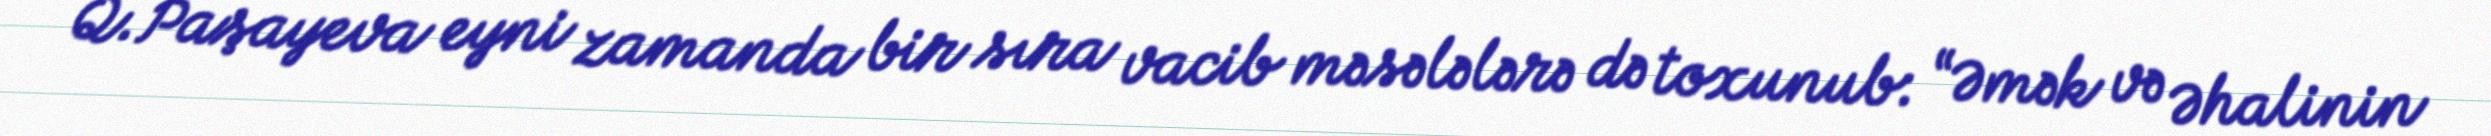
Q.Paşayeva eyni zamanda bir sıra vacib məsələlərə də toxunub: “Əmək və Əhalinin